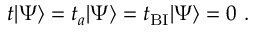
t | \Psi \rangle = t _ { a } | \Psi \rangle = t _ { \mathrm { B I } } | \Psi \rangle = 0 \ .